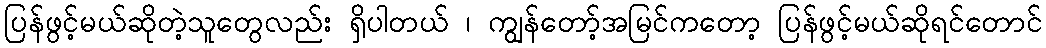
ပြန်ဖွင့်မယ်ဆိုတဲ့သူတွေလည်း ရှိပါတယ် ၊ ကျွန်တော့်အမြင်ကတော့ ပြန်ဖွင့်မယ်ဆိုရင်တောင်